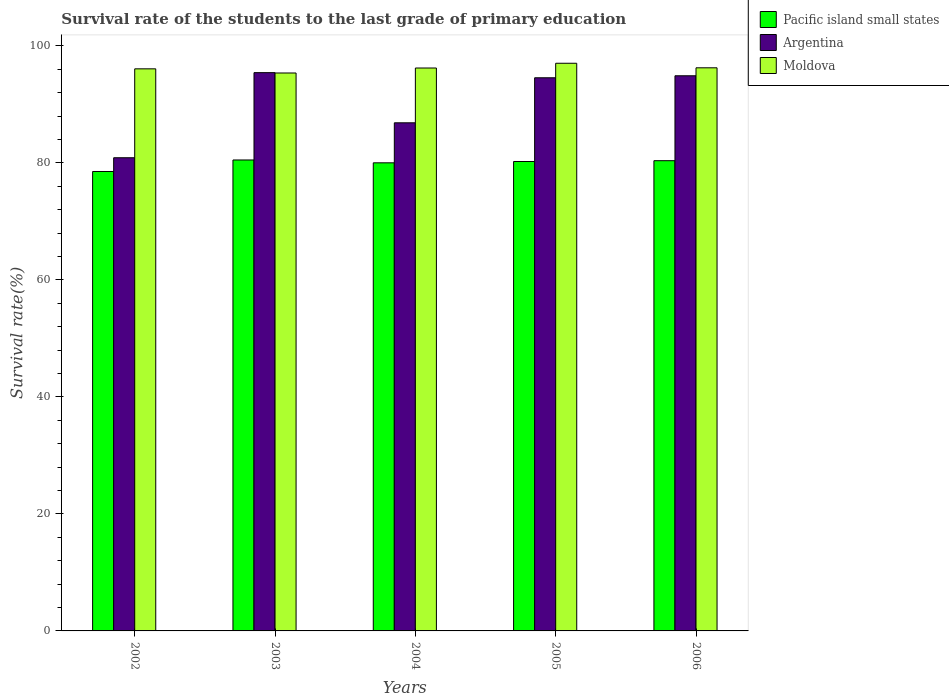
| Years | Pacific island small states | Argentina | Moldova |
 | --- | --- | --- | --- |
 | 2002 | 78.5 | 80.9 | 96.1 |
 | 2003 | 80.5 | 95.4 | 95.4 |
 | 2004 | 80 | 86.8 | 96.2 |
 | 2005 | 80.2 | 94.5 | 97 |
 | 2006 | 80.4 | 94.9 | 96.2 |